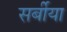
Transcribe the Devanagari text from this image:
सर्बीया